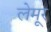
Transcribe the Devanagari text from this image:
लेमूर